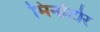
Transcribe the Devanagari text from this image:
मिनोटोर